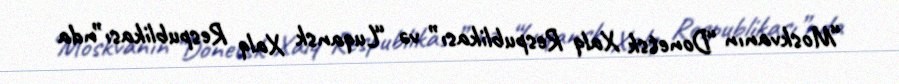
“Moskvanın “Donetsk Xalq Respublikası” və “Luqansk Xalq Respublikası”nda